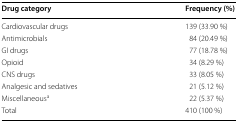
<table><thead><tr><td><b>Drug category</b></td><td><b>Frequency (%)</b></td></tr></thead><tbody><tr><td>Cardiovascular drugs</td><td>139 (33.90 %)</td></tr><tr><td>Antimicrobials</td><td>84 (20.49 %)</td></tr><tr><td>GI drugs</td><td>77 (18.78 %)</td></tr><tr><td>Opioid</td><td>34 (8.29 %)</td></tr><tr><td>CNS drugs</td><td>33 (8.05 %)</td></tr><tr><td>Analgesic and sedatives</td><td>21 (5.12 %)</td></tr><tr><td>Miscellaneous<sup>a</sup></td><td>22 (5.37 %)</td></tr><tr><td>Total</td><td>410 (100 %)</td></tr></tbody></table>